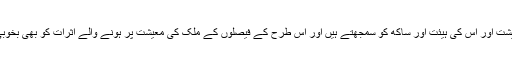
وہ ملک کی معیشت اور اس کی ہیئت اور ساکھ کو سمجھتے ہیں اور اس طرح کے فیصلوں کے ملک کی معیشت پر ہونے والے اثرات کو بھی بخوبی سمجھتے ہیں۔